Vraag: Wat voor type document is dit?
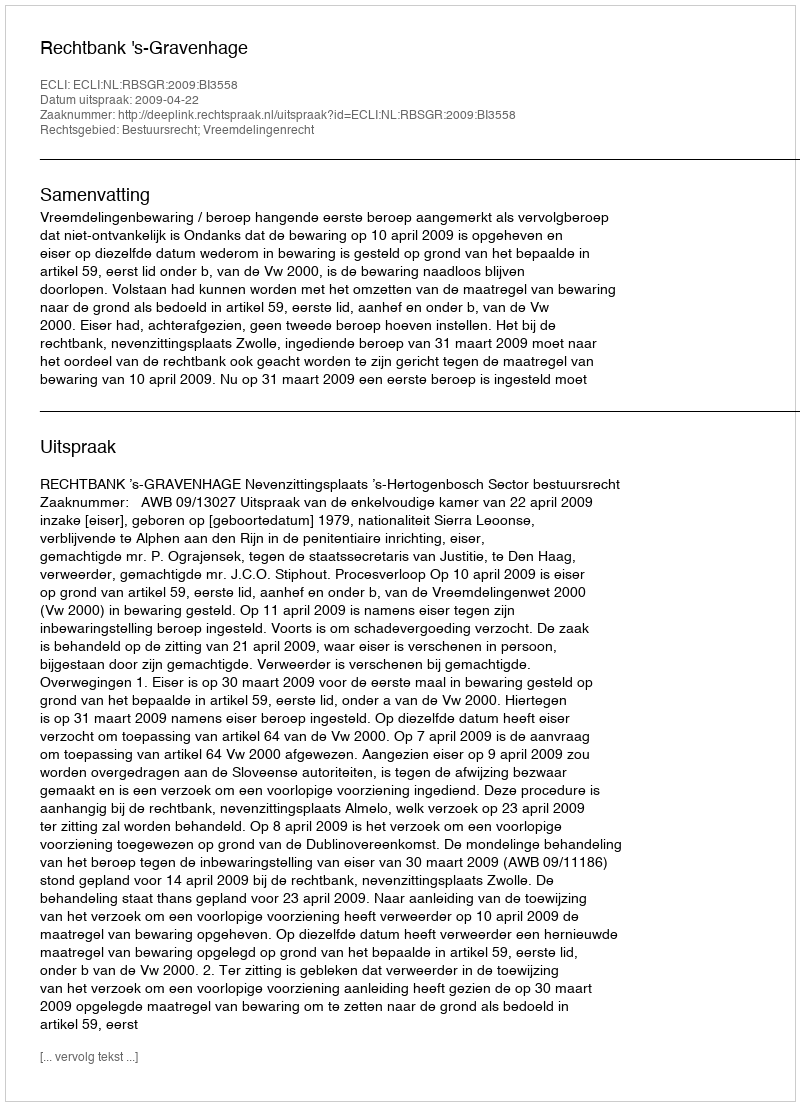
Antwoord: Uitspraak